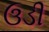
ઉડી